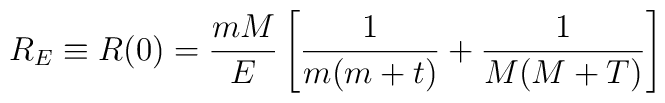
R_E\equiv R(0)=\frac {mM}E\left[\frac 1{m(m+t)}+\frac 1{M(M+T)}\right]